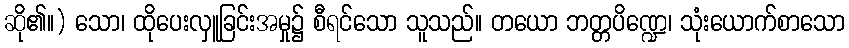
ဆို၏။) သော၊ ထိုပေးလှူခြင်းအမှု၌ စီရင်သော သူသည်။ တယော ဘတ္တပိဏ္ဍေ၊ သုံးယောက်စာသော